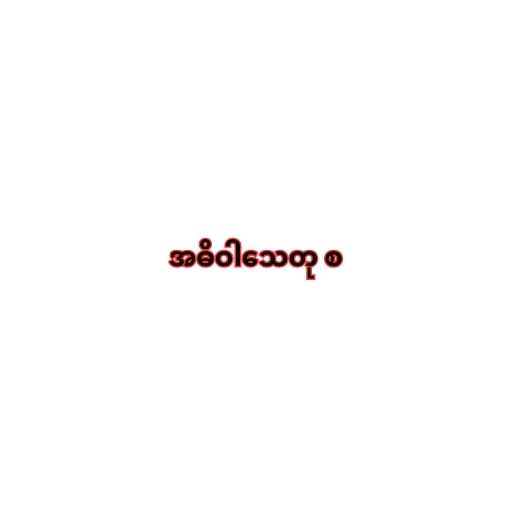
အဓိဝါသေတု စ